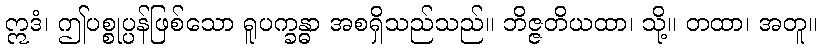
ဣဒံ၊ ဤပစ္စုပ္ပန်ဖြစ်သော ရူပက္ခန္ဓာ အစရှိသည်သည်။ ဘိဇ္ဇတိယထာ၊ သို့။ တထာ၊ အတူ။